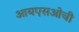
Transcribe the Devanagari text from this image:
आयएसओची